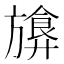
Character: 𪰁